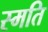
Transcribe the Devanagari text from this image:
स्मति